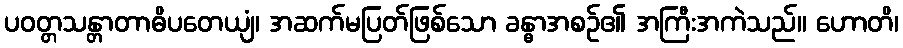
ပဝတ္တသန္တာတာဓိပတေယျံ၊ အဆက်မပြတ်ဖြစ်သော ခန္ဓာအစဉ်၏ အကြီးအကဲသည်။ ဟောတိ၊